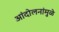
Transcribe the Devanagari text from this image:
आंदोलनांमुळे